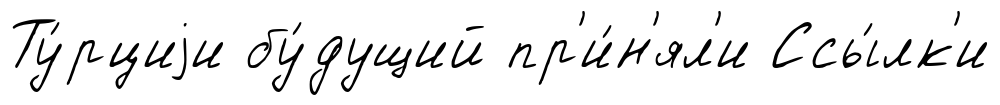
Ту́рциjи бу́дущий пр'и́н'ял'и Ссы́лк'и